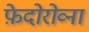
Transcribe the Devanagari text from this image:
फ़ेदोरोव्ना